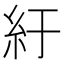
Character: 紆